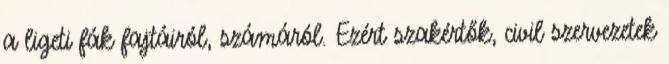
a ligeti fák fajtáiról, számáról. Ezért szakértők, civil szervezetek